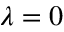
\lambda = 0